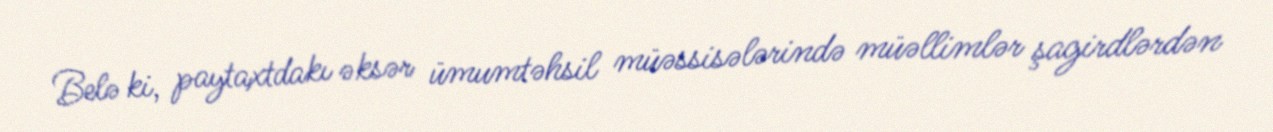
Belə ki, paytaxtdakı əksər ümumtəhsil müəssisələrində müəllimlər şagirdlərdən